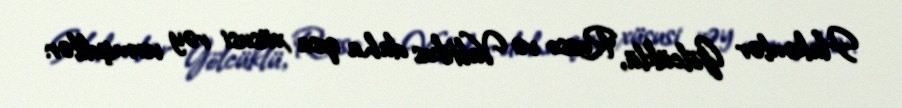
Hakimlər Gölcüklü, Russo və Valtikos daha qısa xüsusi rəy vermişdilər: